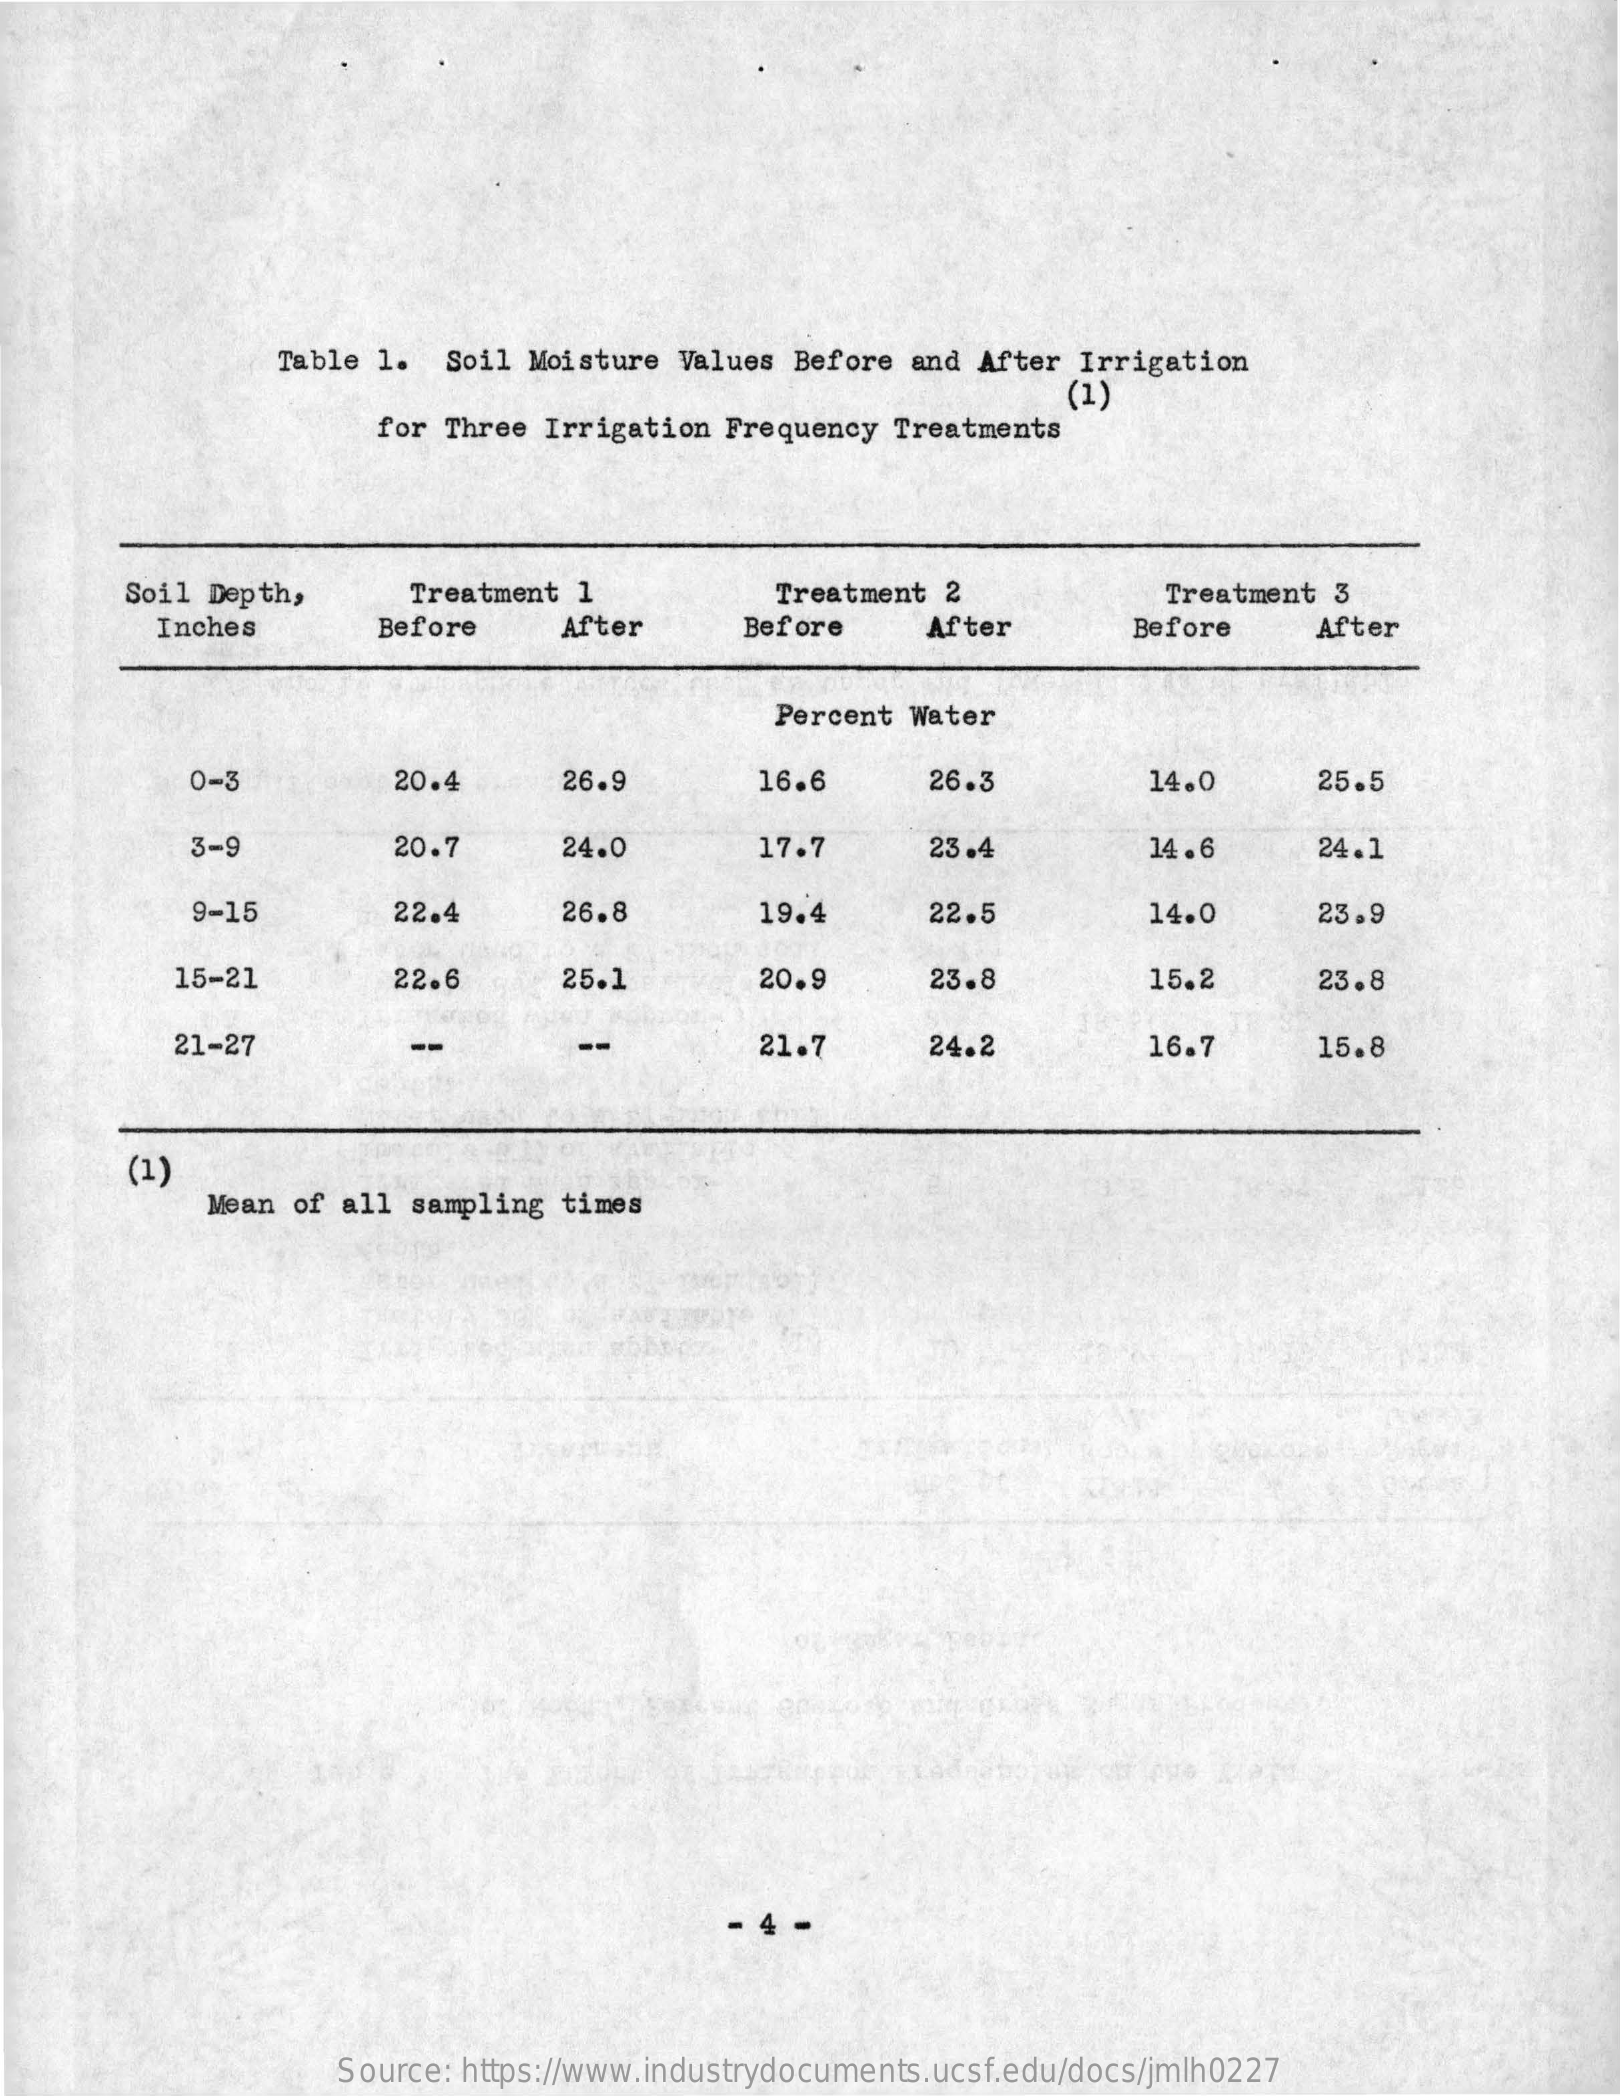
Table  1.  Soil Moisture  Values Before and After Irrigation
     (1)
     for Three Irrigation Frequency  Treatments
     Soil Depth,    Treatment 1    Treatment 2    Treatment 3
     Inches    Before    After    Before    After    Before    After
     Percent Water
     0-3    20.4    26.9    16.6    26.3    14.0    25.5
     3-9    20.7    24.0    17.7    23.4    14 .6    24.1
     9-15    22.4    26.8    19.4    22.5    14.0    23.9
     15-21    22.6    25.1    20.9    23.8    15.2    23.8
     21-27    --    21.7    24.2    16.7    15.8
     (1)
     Mean of all  sampling times
     Source: https://www.industrydocuments.ucsf.edu/docs/jmlh0227